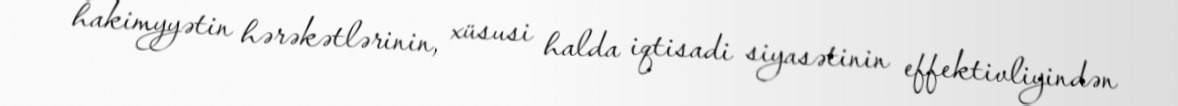
hakimyyətin hərəkətlərinin, xüsusi halda iqtisadi siyasətinin effektivliyindən